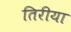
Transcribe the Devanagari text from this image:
तिरीया